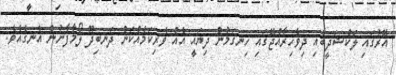
އޭރުގައި ލަކްޝަދީބާއި ދިވެހިރާއްޖޭގައި ހިނގަމުން ދިޔައީ އެއް ވެރިކަމެއްކަން ދަނބިދޫ ލޯމާފާނުން އެނގެއެވެ.